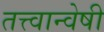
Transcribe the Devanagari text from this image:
तत्त्वान्वेषी